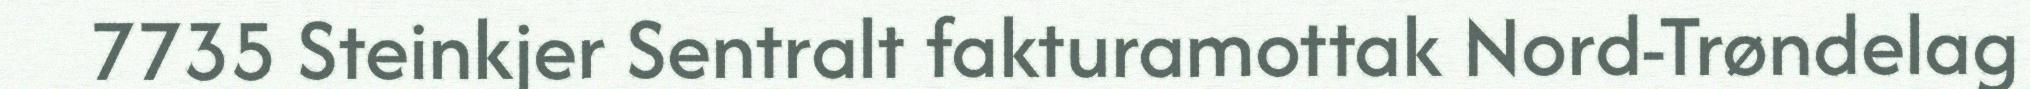
7735 Steinkjer Sentralt fakturamottak Nord-Trøndelag